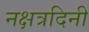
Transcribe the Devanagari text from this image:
नक्षत्रदिनी